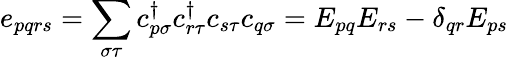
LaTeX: e_{pqrs}=\sum_{\sigma\tau}c_{p\sigma}^{\dagger}c_{r\tau}^{\dagger}c_{s\tau}c_{q\sigma}=E_{pq}E_{rs}-\delta_{qr}E_{ps}